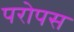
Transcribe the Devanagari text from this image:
परोपस